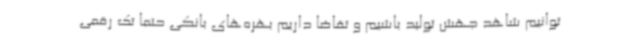
توانیم شاهد جهش تولید باشیم و تقاضا داریم بهره‌های بانکی حتما تک رقمی